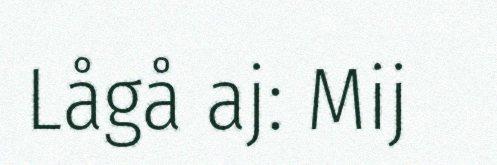
Lågå aj: Mij